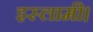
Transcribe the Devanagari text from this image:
इस्लामी।